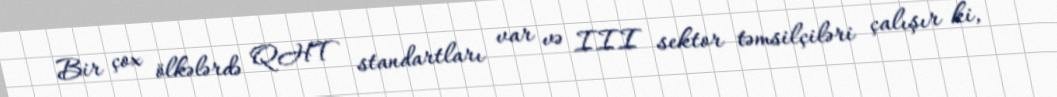
Bir çox ölkələrdə QHT standartları var və III sektor təmsilçiləri çalışır ki,